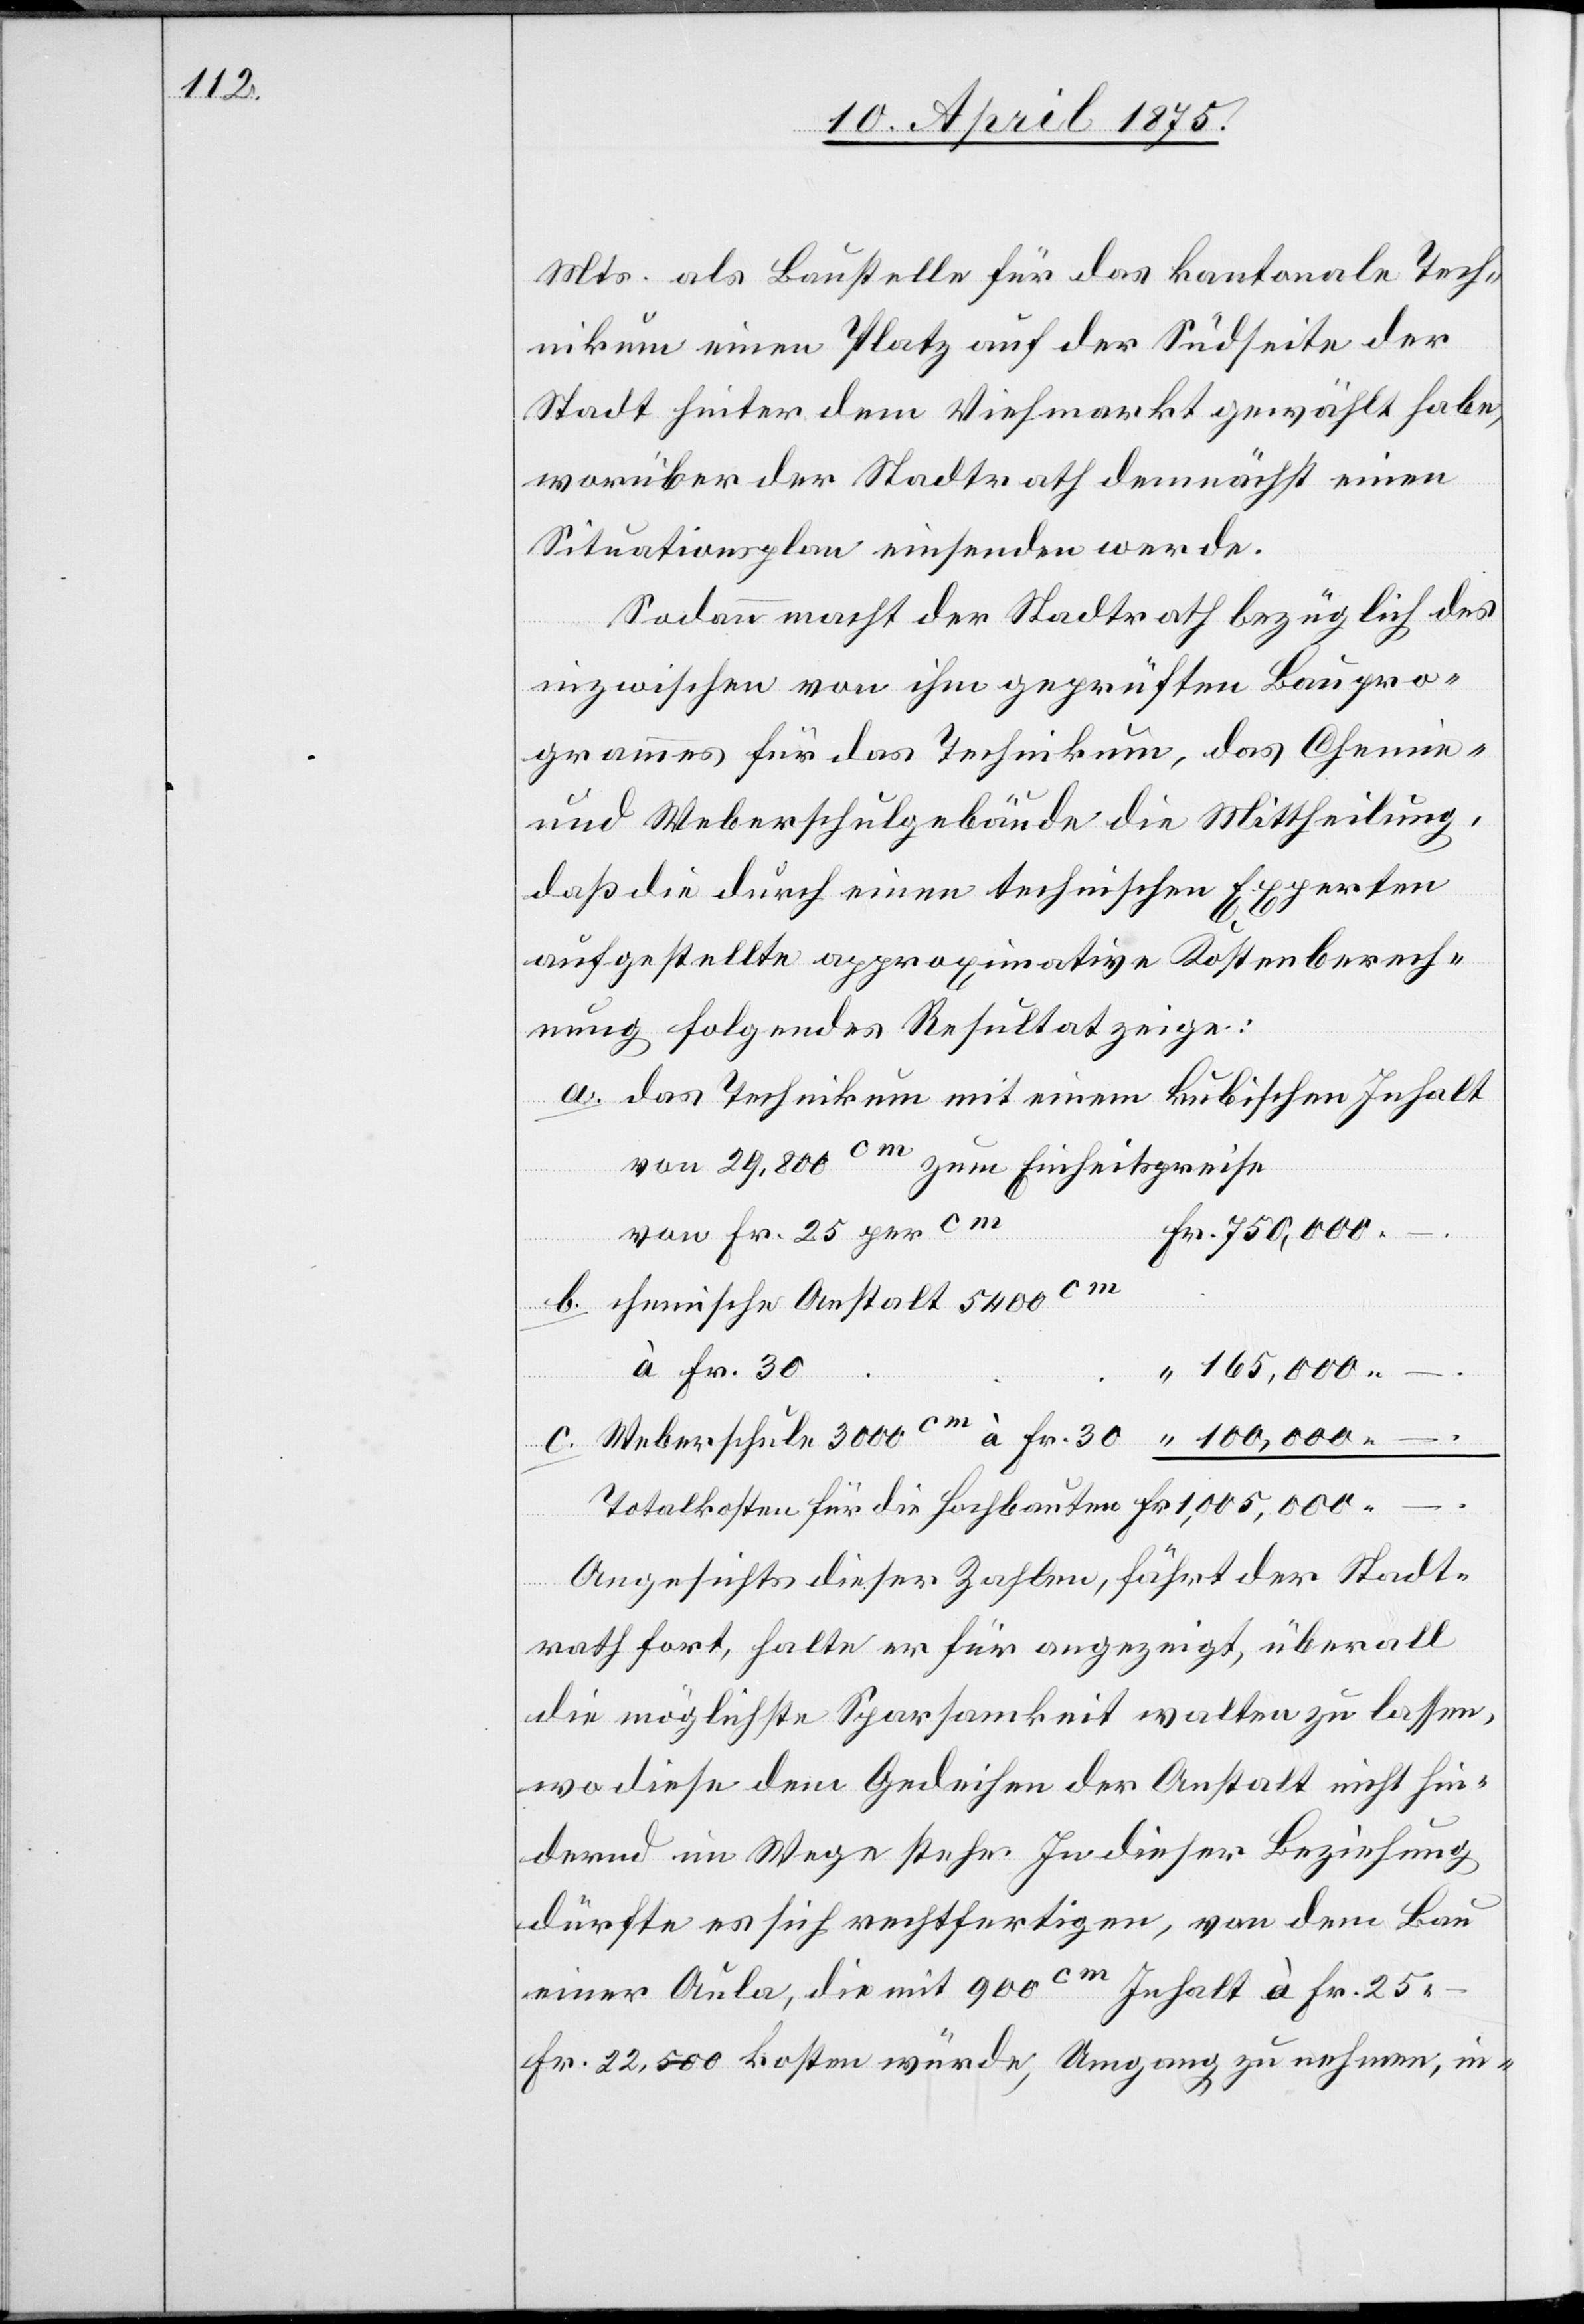
Mts. als Baustelle für das kantonale Tech¬
nikum einen Platz auf der Südseite der
Stadt hinter dem Viehmarkt gewählt habe,
worüber der Stadtrath demnächst einen
Situationsplan einsenden werde.
Sodann macht der Stadtrath bezüglich des
inzwischen von ihm geprüften Baupro¬
grammes für das Technikum, das Chemie-
und Weberschulgebäude die Mittheilung,
daß die durch einen technischen Experten
aufgestellte approximative Kostenberech¬
nung folgendes Resultat zeige:
das Technikum mit einem kubischen Inhalt
von 29,800cm zum Einheitspreise
Fr.
von Fr. 25 per cm
chemische Anstalt 5400cm
à Fr. 30
100,000.–.
c.
Angesichts dieser Zahlen, fährt der Stadt¬
rath fort, halte er für angezeigt, überall
die möglichste Sparsamkeit walten zu lassen,
wo diese dem Gedeihen der Anstalt nicht hin¬
dernd im Wege stehe. In dieser Beziehung
dürfte es sich rechtfertigen, von dem Bau
einer Aula, die mit 900cm Inhalt à Fr. 25.
Fr. 22,500 kosten würde, Umgang zu nehmen, in-